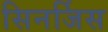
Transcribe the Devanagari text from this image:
सिनर्जिस